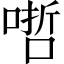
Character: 𠹗